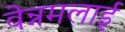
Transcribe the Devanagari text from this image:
वेन्नमलाई